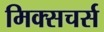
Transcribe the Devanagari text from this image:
मिक्सचर्स